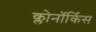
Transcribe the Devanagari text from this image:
क्लोनॉर्किस